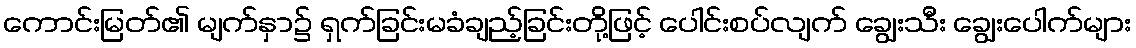
ကောင်းမြတ်၏ မျက်နှာ၌ ရှက်ခြင်းမခံချည့်ခြင်းတို့ဖြင့် ပေါင်းစပ်လျက် ချွေးသီး ချွေးပေါက်များ